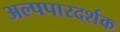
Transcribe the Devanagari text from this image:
अल्पपारदर्शक